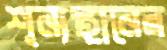
শূন্যস্থানের